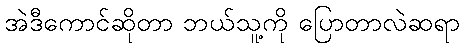
အဲဒီကောင်ဆိုတာ ဘယ်သူ့ကို ပြောတာလဲဆရာ